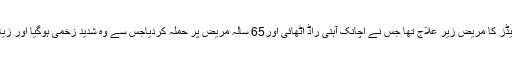
میڈیا رپورٹ کے مطابق بمبئی ہسپتال میں بیالیس سالہ ایڈز کا مریض زیر علاج تھا جس نے اچانک آہنی راڈ اٹھائی اور65 سالہ مریض پر حملہ کردیاجس سے وہ شدید زخمی ہوگیا اور زیادہ خون بہنے کی وجہ سے موت کی آغوش میں چلا گیا۔